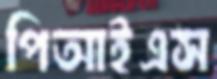
পিআইএস